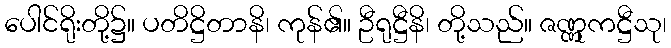
ပေါင်ရိုးတို့၌။ ပတိဋ္ဌိတာနိ၊ ကုန်၏။ ဦရုဋ္ဌီနိ၊ တို့သည်။ ဇဏ္ဏုကဋ္ဌီသု၊